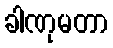
ခါဏုမတာ